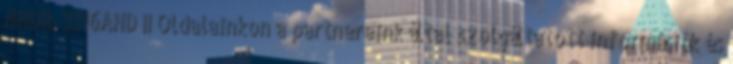
NHDR-3116AHD II Oldalainkon a partnereink által szolgáltatott információk és